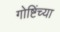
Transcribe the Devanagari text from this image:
गोष्टिंच्या